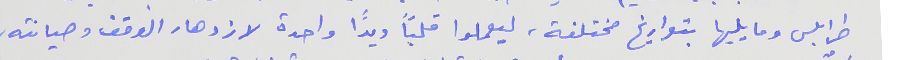
طرابلس وما يليها بتواريخ مختلفة، ليعملوا قلباً ويداً واحدة لازدهار الوقف وصيانته،